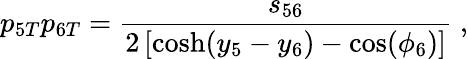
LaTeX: p_{5T}p_{6T}={\frac{s_{56}}{2\left[\cosh(y_{5}-y_{6})-\cos(\phi_{6})\right]}}\; ,